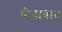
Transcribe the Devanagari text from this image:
चौपायात